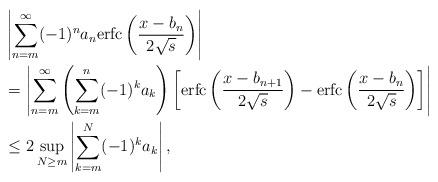
LaTeX: \begin{align*}&\left|\sum_{n=m}^\infty(-1)^na_n{\rm erfc}\left(\frac{x-b_n}{2\sqrt{s}}\right)\right|\\& = \left|\sum_{n=m}^\infty\left(\sum_{k=m}^n(-1)^ka_k\right)\left[{\rm erfc}\left(\frac{x-b_{n+1}}{2\sqrt{s}}\right)-{\rm erfc}\left(\frac{x-b_n}{2\sqrt{s}}\right)\right]\right|\\&\leq 2\sup_{N\geq m}\left|\sum_{k=m}^N(-1)^ka_k\right|,\end{align*}